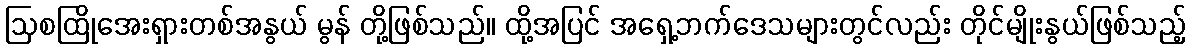
ဩစထြိုအေးရှားတစ်အနွယ် မွန် တို့ဖြစ်သည်။ ထို့အပြင် အရှေ့ဘက်ဒေသများတွင်လည်း တိုင်မျိုးနွယ်ဖြစ်သည့်